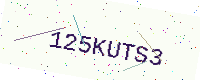
Text: 125KUTS3